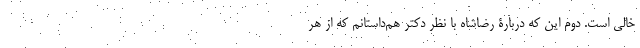
خالی است. دوم این که دربارۀ رضا‌شاه با نظر دکتر هم‌داستانم که از هر